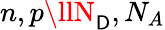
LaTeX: n,p\llN_{\mathsf{D}},N_{A}